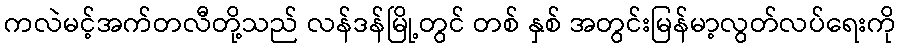
ကလဲမင့်အက်တလီတို့သည် လန်ဒန်မြို့တွင် တစ် နှစ် အတွင်းမြန်မာ့လွတ်လပ်ရေးကို